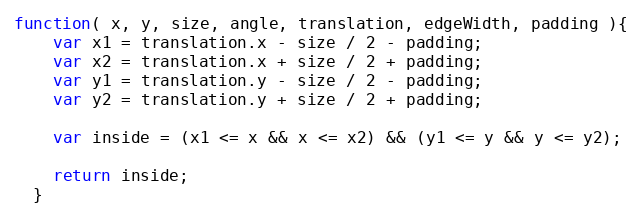
Language: JavaScript
function( x, y, size, angle, translation, edgeWidth, padding ){
    var x1 = translation.x - size / 2 - padding;
    var x2 = translation.x + size / 2 + padding;
    var y1 = translation.y - size / 2 - padding;
    var y2 = translation.y + size / 2 + padding;

    var inside = (x1 <= x && x <= x2) && (y1 <= y && y <= y2);

    return inside;
  }